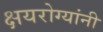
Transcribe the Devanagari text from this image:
क्षयरोग्यांनी